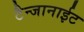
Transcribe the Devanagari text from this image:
टैन्जानाईट